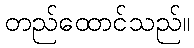
တည်ထောင်သည်။